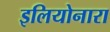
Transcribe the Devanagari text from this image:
इलियोनारा